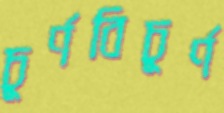
চূর্ণবিচূর্ণ